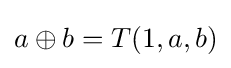
a\oplus b=T(1,a,b)